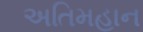
અતિમહાન